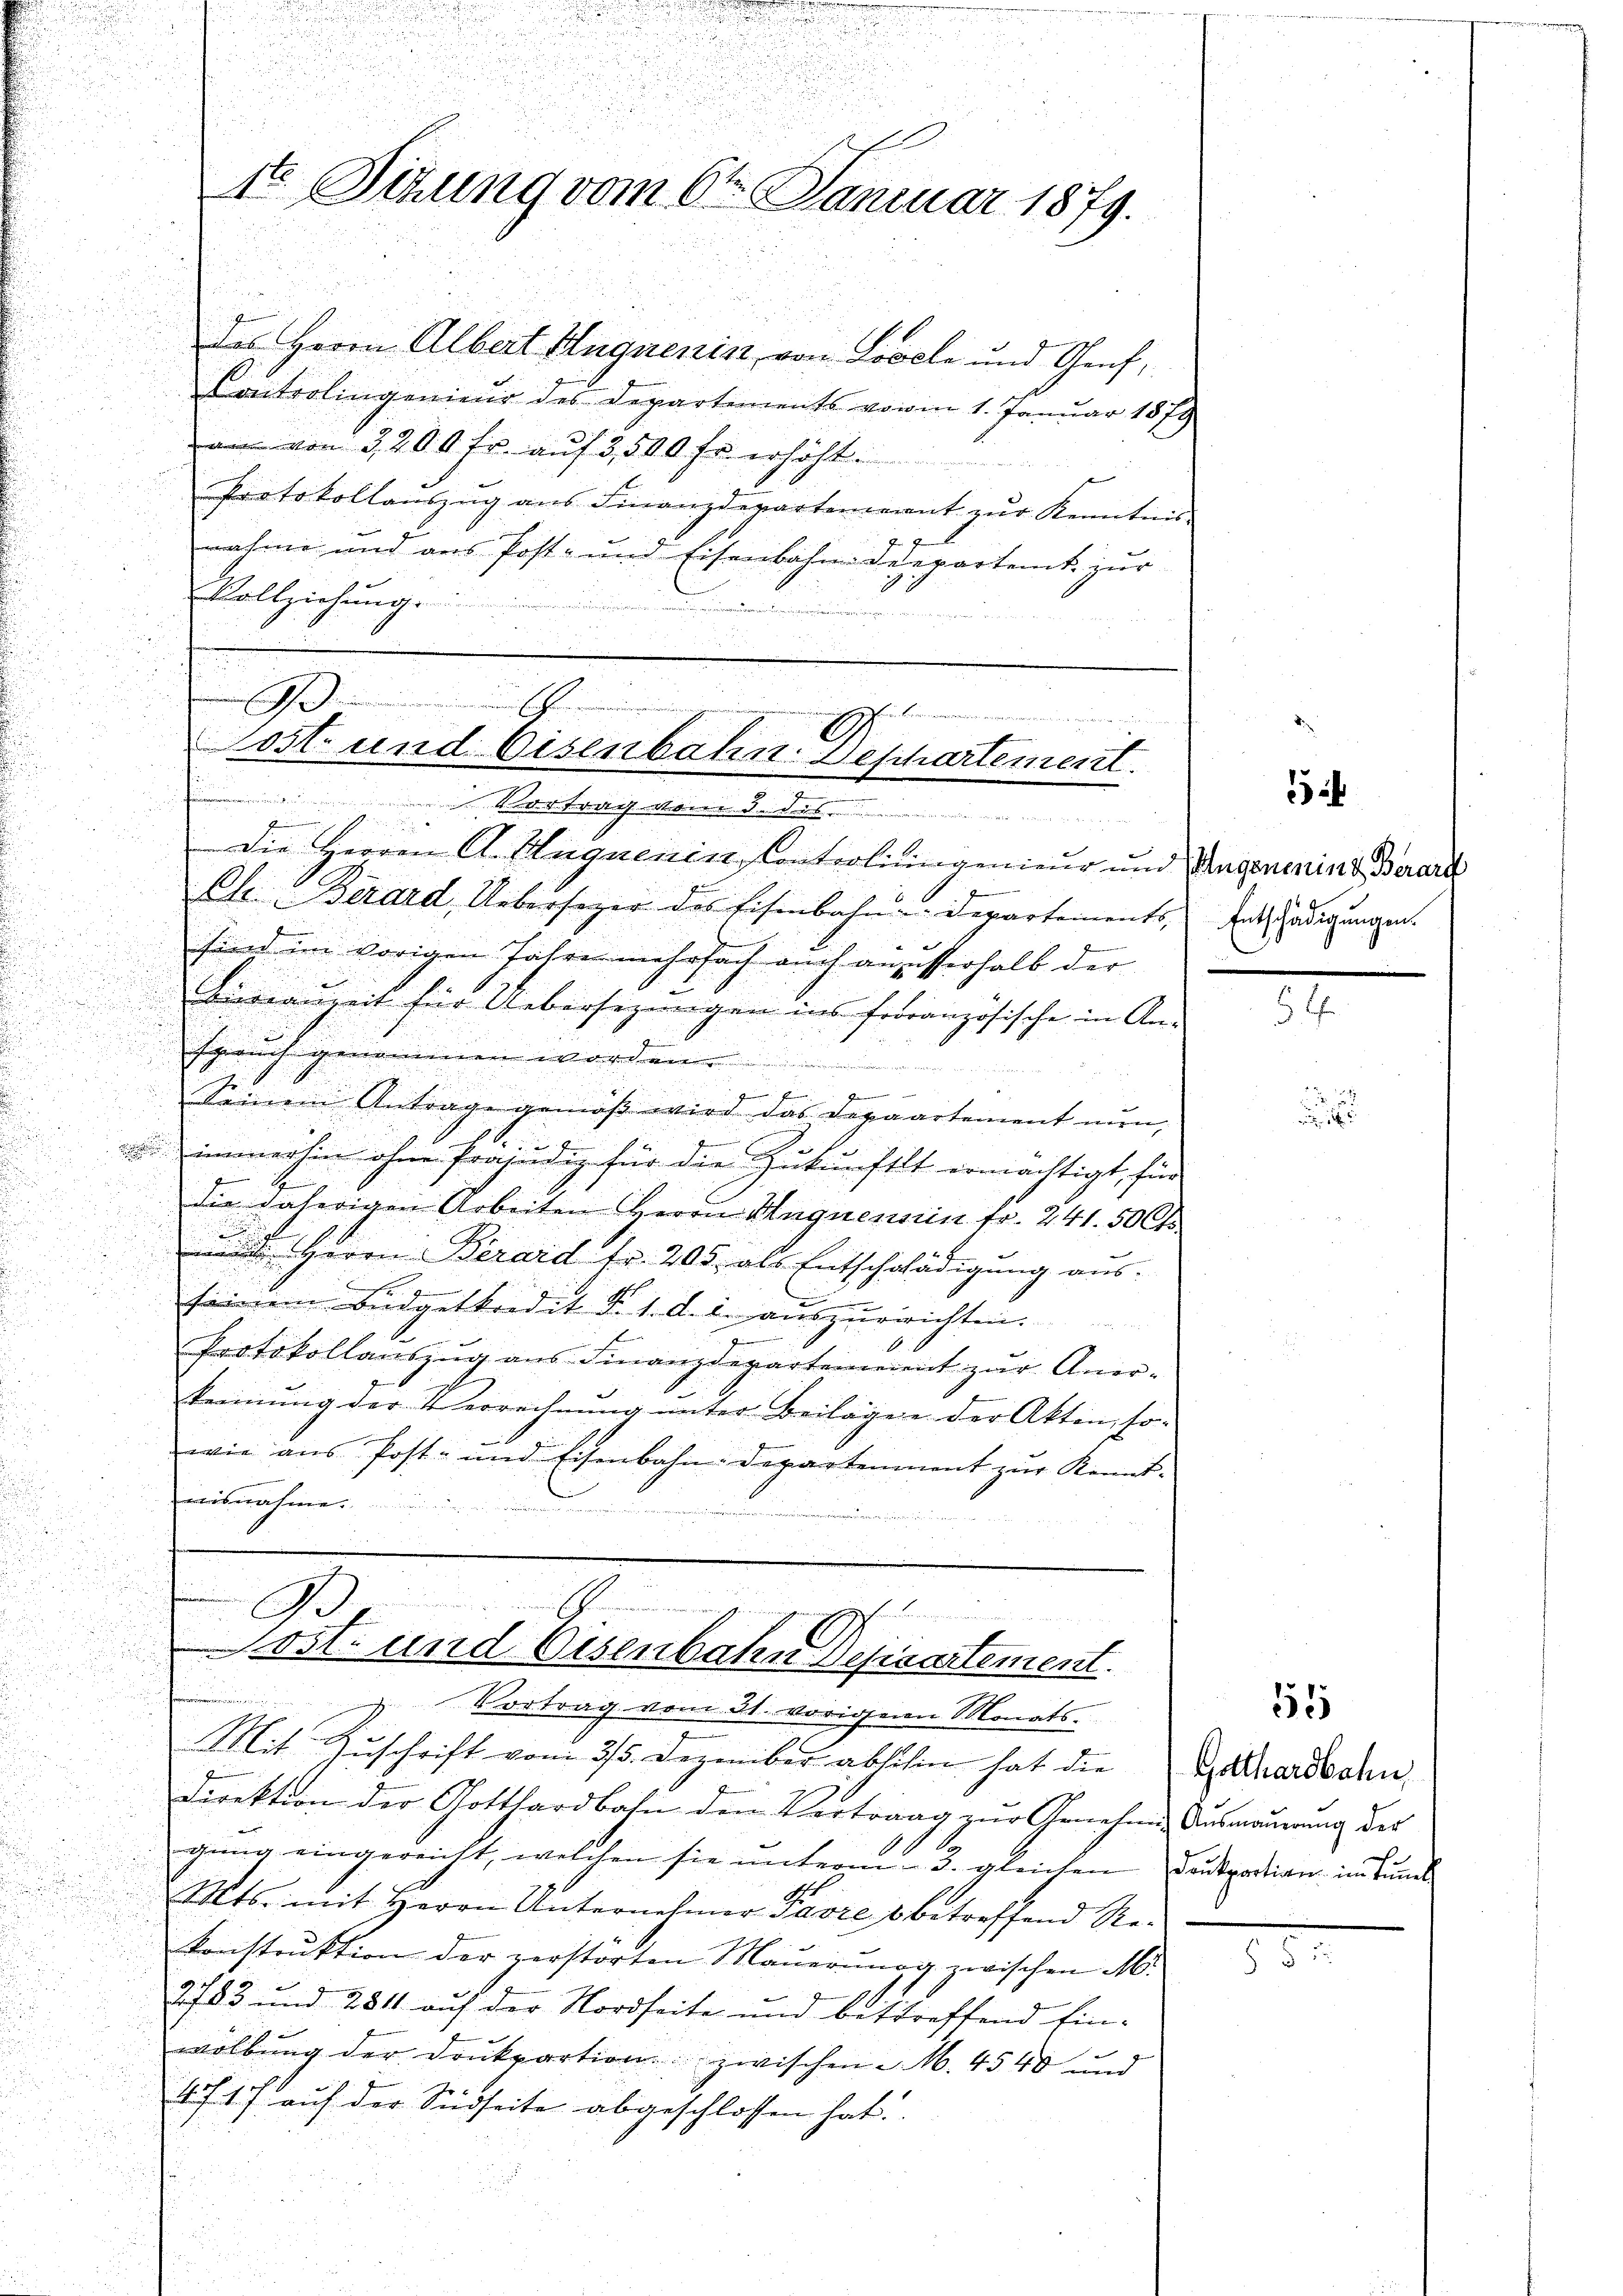
u

das Herrn Albert Hugnenitz, von Looele und Genf,
Controlingenieur des Departements vom 1. Januar 1879
i
am von 3200 Fr. auf 3,500 Fr. erhöht.
f
Protokollaŭszŭg ans Finanzdepartement zŭr Kenntnis-
nahme und aus Post- und Eisenbahndepartent zur
Vollziehung
Feuernden
d
Die Herren A. Huquenin, Controlinigenieur und Wagenenins Berart
e
Ctr. Berard, Uebersager des Eisenbahndepartements, hat Hedigungen.
n

sind im vorigen Jahre mehrfach auch anzusterhalb der

Bauzeit für Uebersezungen ins französische in An-
d

shnis genommen in der
u
.
f
d
Seinem Antrage gemäß wird das Depaartement nun,
i
.
.
 immerhin ohne Präjudiz für die Zukunftlt ermächtigt, für
die daherigen Arbeiten Herrn Magnensein fr. 241. 50 Ct

 Herrn Berard fr. 205, als Entschädigung aus.
.
seinem Budgetkredit d. 1. d. l. auszureichten.
1
Protokollauszug aus Finanzdepartement zur Aner-
kennung der Verrechnŭng ŭnter Beilagen der Akten, so
1
wie aus Post- und Eisenbahn-Departement zur Kennt-
ahe
.

5
weren wer

B

ost- und Eisenbahn besieartement.
u
u
Vortrag vom 21. vorigen Monats-
Mit Zŭschrift vom 3/5. Dezember abschen hat die Kathardbahn,
f
Direktion der Gotthardbahn den Vertrag zur Genehmen Ausmauerung der
gung eingereicht, welchen sie unterm 3. gleichen Duportion im Bund
Mts. mit Herrn Unternehmer Favre betreffend Re-
konstruktion der zerstörten Mauerung zwischen M.
2783 und 2811 auf der Nordseite und bestreffend Ein-
wölbung der Drukpartion zwischen M. 4540 und
4f 17 auf der Südseite abgeschlossen hat.

1te Sitzung vom 6ten Januar 1879.

3
i
Geschlin bin meinen
s.
E
Post und Eisenbahn. Beschartement.
Vortrag von d. des

.

55

2